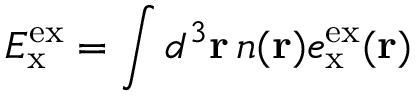
E _ { \mathrm { x } } ^ { \mathrm { e x } } = \int d ^ { 3 } \mathbf { r } \, n ( \mathbf { r } ) e _ { \mathrm { x } } ^ { \mathrm { e x } } ( \mathbf { r } )